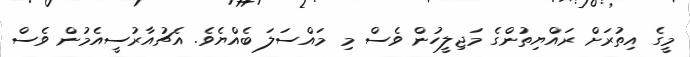
މީގެ އިތުރަށް ރައްޔިތުންގެ މަޖިލީހުން ވެސް މި މައްސަލަ ބެއްޔެވެ. އެޗުއާރުސީއެމުން ވެސް